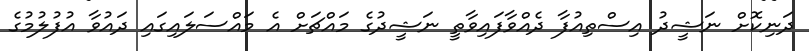
ދަނިކޮށް ނަޝީދު އިސްތިއުފާ ދެއްވާފައިވާތީ ނަޝީދުގެ މައްޗަށް އެ މައްސަލައިގައި ދައުވާ އުފުލުމުގެ